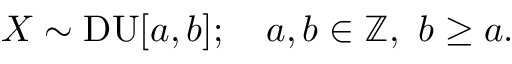
X \sim \mathrm { D U } [ a , b ] ; \quad a , b \in \mathbb { Z } , \ b \geq a .